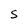
Character: S